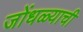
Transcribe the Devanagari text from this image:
जोंधळ्याची